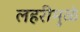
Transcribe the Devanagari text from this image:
लहरीमुळे